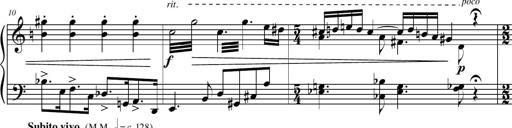
Title: Petite Sonatine
Composer: Richard St. Clair